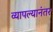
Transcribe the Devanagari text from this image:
व्यापल्यानंतर